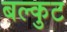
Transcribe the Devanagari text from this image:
बल्कुट